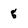
Character: g